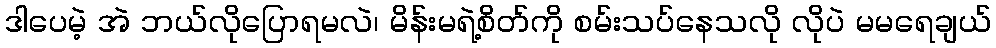
ဒါပေမဲ့ အဲ ဘယ်လိုပြောရမလဲ၊ မိန်းမရဲ့စိတ်ကို စမ်းသပ်နေသလို လိုပဲ မမရေချယ်